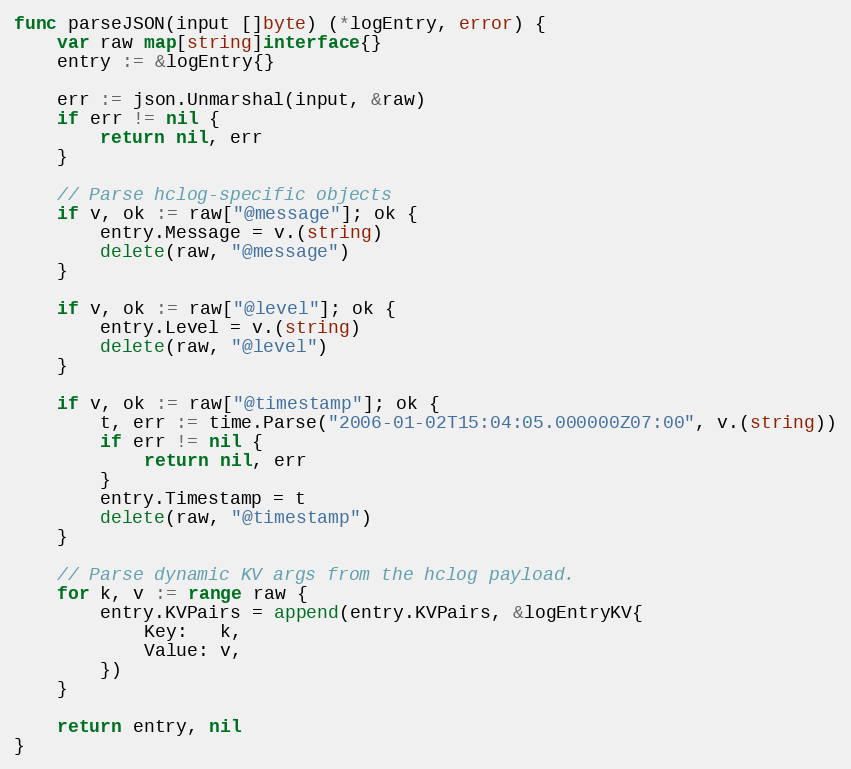
Language: Go
func parseJSON(input []byte) (*logEntry, error) {
	var raw map[string]interface{}
	entry := &logEntry{}

	err := json.Unmarshal(input, &raw)
	if err != nil {
		return nil, err
	}

	// Parse hclog-specific objects
	if v, ok := raw["@message"]; ok {
		entry.Message = v.(string)
		delete(raw, "@message")
	}

	if v, ok := raw["@level"]; ok {
		entry.Level = v.(string)
		delete(raw, "@level")
	}

	if v, ok := raw["@timestamp"]; ok {
		t, err := time.Parse("2006-01-02T15:04:05.000000Z07:00", v.(string))
		if err != nil {
			return nil, err
		}
		entry.Timestamp = t
		delete(raw, "@timestamp")
	}

	// Parse dynamic KV args from the hclog payload.
	for k, v := range raw {
		entry.KVPairs = append(entry.KVPairs, &logEntryKV{
			Key:   k,
			Value: v,
		})
	}

	return entry, nil
}